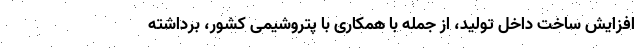
افزایش ساخت داخل تولید، از جمله با همکاری با پتروشیمی کشور، برداشته